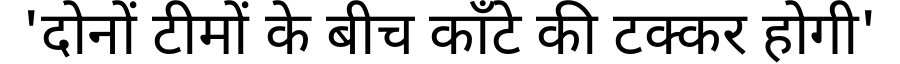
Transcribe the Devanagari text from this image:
'दोनों टीमों के बीच काँटे की टक्कर होगी'